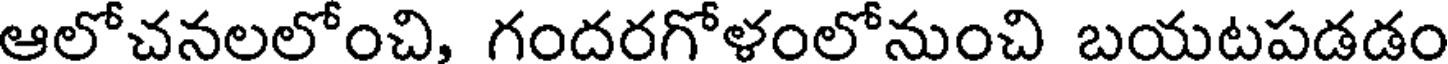
ఆలోచనలలోంచి, గందరగోళంలోనుంచి బయటపడడం